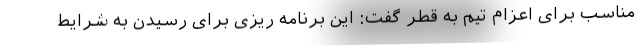
مناسب برای اعزام تیم به قطر گفت: این برنامه ریزی برای رسیدن به شرایط